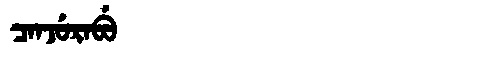
Manchu: ᠴᠠᠨᠵᡠᡵᠠᠪᡠ
Romanization: CANJURABU